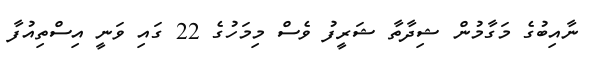
ނާއިބުގެ މަގާމުން ޝިދާތާ ޝަރީފު ވެސް މިމަހުގެ 22 ގައި ވަނީ އިސްތިއުފާ